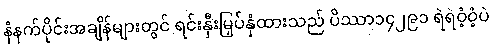
နံနက်ပိုင်းအချိန်များတွင် ရင်းနှီးမြှပ်နှံထားသည် ပိဿာ၁၄၂၉၁ ရဲရဲဝံ့ဝံ့ပဲ